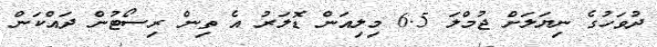
ދުވަހުގެ ނިޔަލަށް ޖުމްލަ 6.5 މިލިއަން ޑޮލަރު އެ ތިން ރިސޯޓުން ދައްކަން